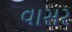
વાસર